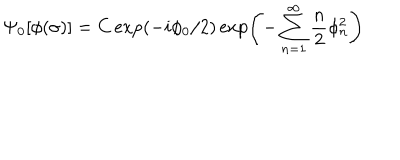
LaTeX: \Psi _ { 0 } [ \phi ( \sigma ) ] = C \exp ( - i \phi _ { 0 } / 2 ) \exp \left( - \sum _ { n = 1 } ^ { \infty } \frac { n } { 2 } \phi _ { n } ^ { 2 } \right)